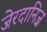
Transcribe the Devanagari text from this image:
जेरदानिज़